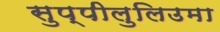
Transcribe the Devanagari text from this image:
सुप्पीलुलिउमा